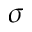
\sigma